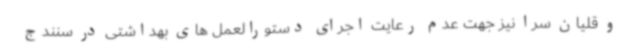
و قلیان سرا نیز جهت عدم رعایت اجرای دستورالعمل های بهداشتی در سنندج